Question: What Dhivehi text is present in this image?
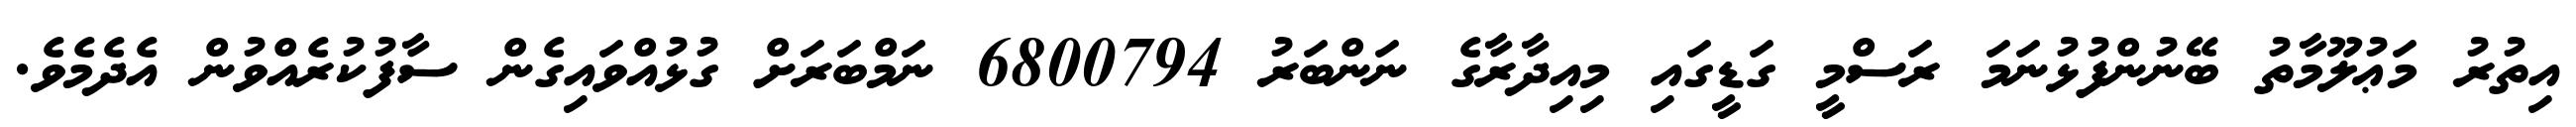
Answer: އިތުރު މަޢުލޫމާތު ބޭނުންފުޅުނަމަ ރަސްމީ ގަޑީގައި މިއިދާރާގެ ނަންބަރު 6800794 ނަމްބަރަށް ގުޅުއްވައިގެން ސާފުކުރެއްވުން އެދެމެވެ.